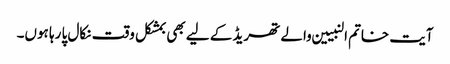
آیت خاتم النبیین والے تھریڈ کے لیے بھی بمشکل وقت نکال پا رہا ہوں۔